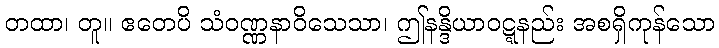
တထာ၊ တူ။ ဧတေပိ သံဝဏ္ဏနာဝိသေသာ၊ ဤနန္ဒိယာဝဋ္ဋနည်း အစရှိကုန်သော